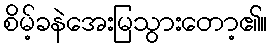
စိမ့်ခနဲအေးမြသွားတော့၏။